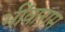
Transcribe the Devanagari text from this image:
भींवाराम